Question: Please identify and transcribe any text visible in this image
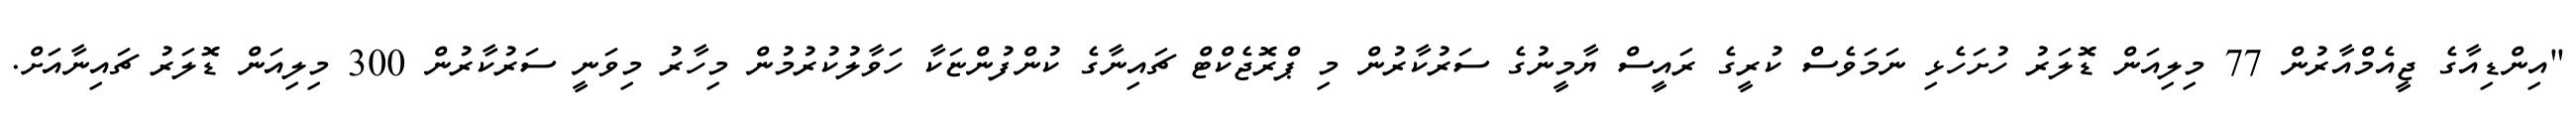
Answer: "އިންޑިއާގެ ޖީއެމްއާރުން 77 މިލިއަން ޑޮލަރު ހުށަހެޅި ނަމަވެސް ކުރީގެ ރައީސް ޔާމީނުގެ ސަރުކާރުން މި ޕްރޮޖެކްޓް ޗައިނާގެ ކުންފުންޏަކާ ހަވާލުކުރުމުން މިހާރު މިވަނީ ސަރުކާރުން 300 މިލިއަން ޑޮލަރު ޗައިނާއަށް.